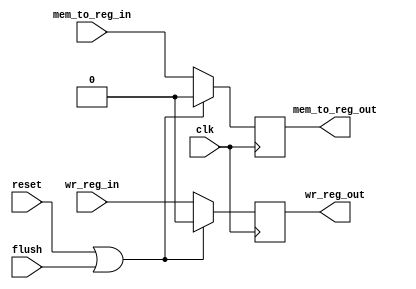
`timescale 1ns/1ns

module WB(
	  input      clk,
	  input      reset,
	  input      flush,
	  input      mem_to_reg_in,
	  input      wr_reg_in,
	  output reg mem_to_reg_out,
	  output reg wr_reg_out
	  );

   always @(posedge clk)
     if (reset || flush)
       begin
	  mem_to_reg_out <= 0;	
	  wr_reg_out <= 0;
       end
     else
       begin
	  mem_to_reg_out <= mem_to_reg_in;
	  wr_reg_out <= wr_reg_in;	
       end
   

endmodule // WB